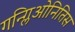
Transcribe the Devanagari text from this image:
गन्ग्लिओनितिस